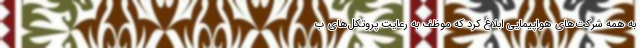
به همه شرکت‌های هواپیمایی ابلاغ کرد که موظف به رعایت پروتکل‌های ب